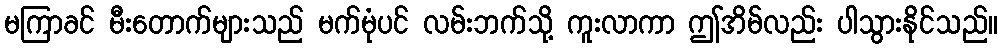
မကြာခင် မီးတောက်များသည် မက်မုံပင် လမ်းဘက်သို့ ကူးလာကာ ဤအိမ်လည်း ပါသွားနိုင်သည်။